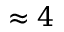
\approx 4